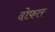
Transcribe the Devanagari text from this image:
दोफ़ार